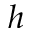
_ h